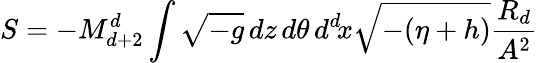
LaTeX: S=-M_{d+2}^{d}\int\sqrt{-g}\, dz\, d\theta\, d^{d}\! x\sqrt{-(\eta+h)}\frac{R_{d}}{A^{2}}